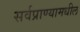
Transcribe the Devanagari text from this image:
सर्वप्राण्यामधील